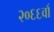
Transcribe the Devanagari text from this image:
२०६६वाँ